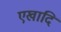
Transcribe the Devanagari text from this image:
एखादि